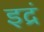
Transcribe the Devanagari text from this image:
इद्रं